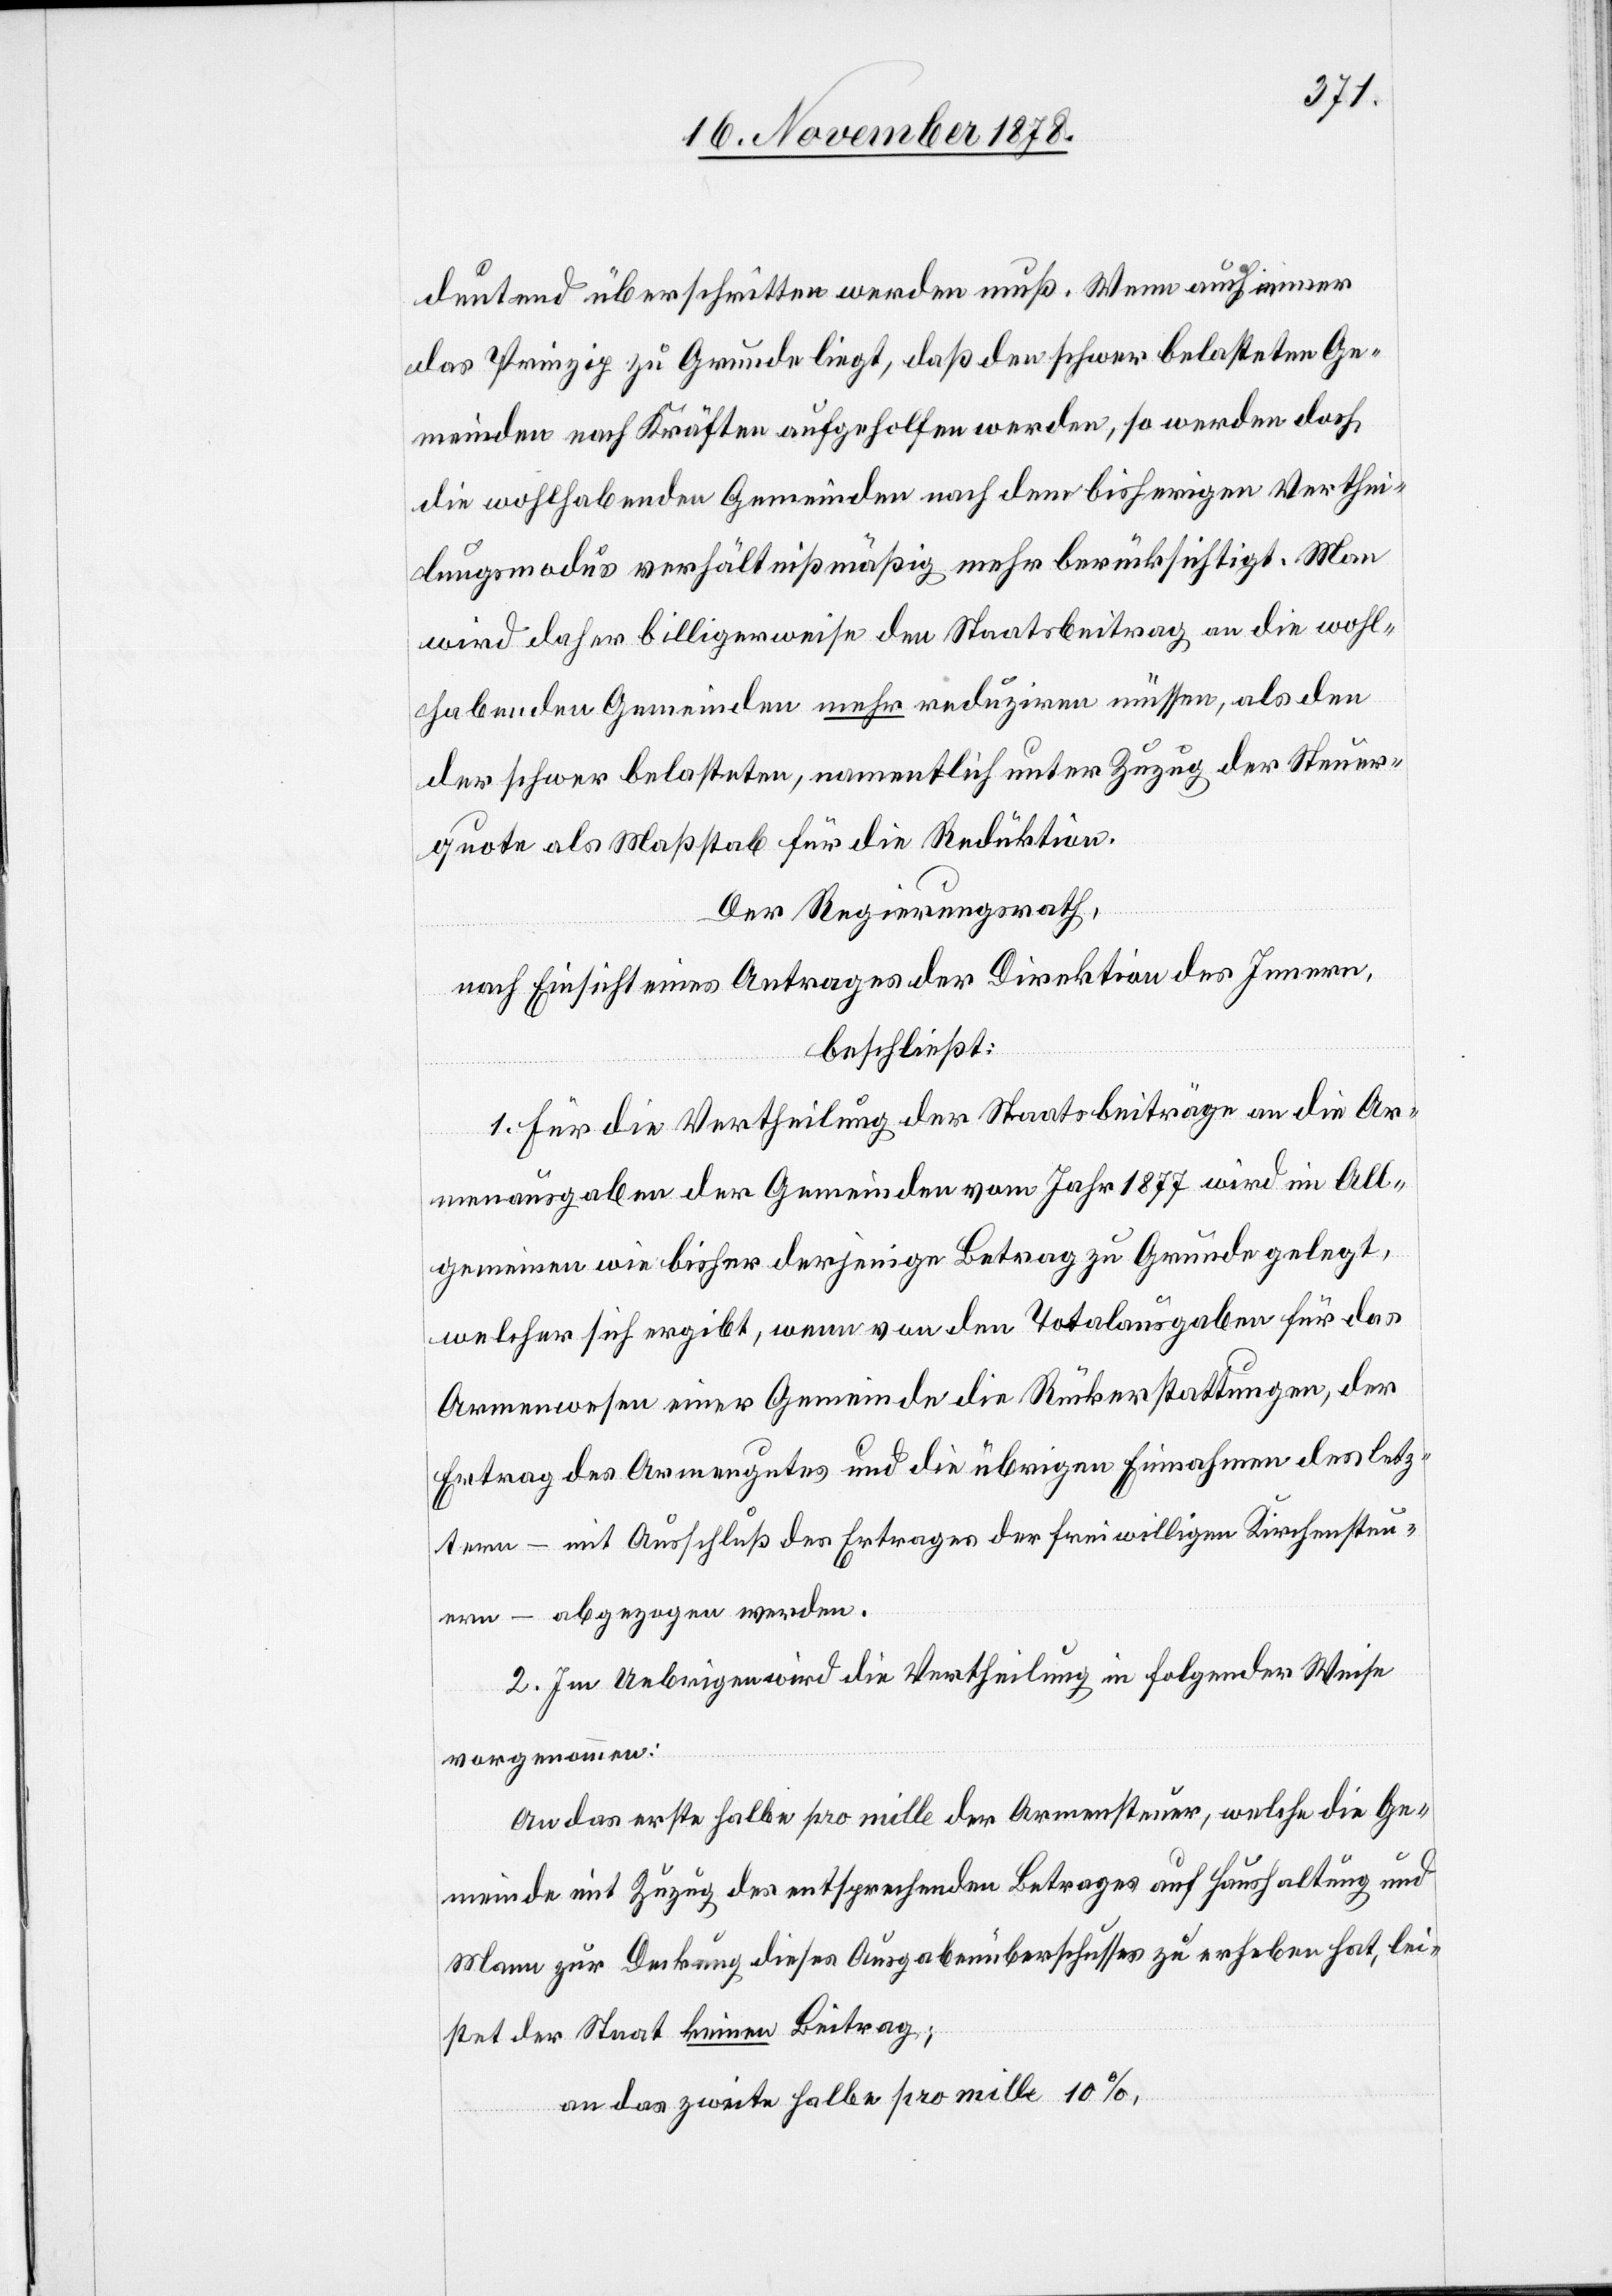
deutend überschritten werden muß. Wenn auch immer
das Prinzip zu Grunde liegt, daß den schwer belasteten Ge¬
meinden nach Kräften aufgeholfen werden, so werden doch
die wohlhabenden Gemeinden nach dem bisherigen Verthei¬
lungsmodus verhältnißmäßig mehr berücksichtigt. Man
wird daher billigerweise den Staatsbeitrag an die wohl¬
habenden Gemeinden mehr redzuiren müssen, als den
der schwer belasteten, namentlich unter Zuzug der Steuer¬
quote als Maßstab für die Reduktion.
Der Regierungsrath,
nach Einsicht eines Antrages der Direktion des Innern,
beschließt:
pro
1. Für die Vertheilung der Staatsbeiträge an die Ar¬
menausgaben der Gemeinden vom Jahr 1877 wird im All¬
gemeinen wie bisher derjenige Betrag zu Grunde gelegt,
welcher sich ergibt, wenn von den Totalausgaben für das
Armenwesen einer Gemeinde die Rückerstattungen, der
Ertrag des Armengutes und die übrigen Einnahmen des letz¬
tern – mit Ausschluß des Ertrages der freiwilligen Kirchensteu¬
ern – abgezogen werden.
2. Im Uebrigen wird die Vertheilung in folgender Weise
vorgenommen:
An das erste halbe pro mille der Armensteuer, welche die Ge¬
meinde mit Zuzug des entsprechenden Betrages auf Haushaltung und
Mann zur Deckung dieses Ausgabenüberschusses zu erheben hat, lei¬
stet der Staat keinen Beitrag;